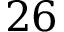
2 6